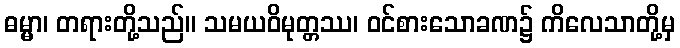
ဓမ္မာ၊ တရားတို့သည်။ သမယဝိမုတ္တဿ၊ ဝင်စားသောခဏ၌ ကိလေသာတို့မှ